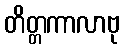
တိတ္တကာလာဗု